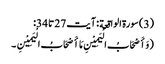
(3) سورة الواقعة : آیت 27 تا 34:
( وَ أَصْحَابُ الْیَمِیْنِ مَا أَصْحَابُ الْیَمِیْنِ ۔